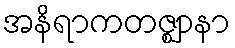
အနိရာကတဇ္ဈာနာ